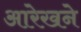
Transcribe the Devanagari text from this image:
आरेखने